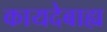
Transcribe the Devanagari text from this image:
कायदेबाह्य